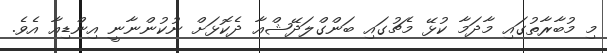
މި މުބާރާތުގައި މާދަމާ ކުޅޭ މެޗުގައި ބަންގްލަދޭޝްއާ ދެކޮޅަށް ނުކުންނާނީ އިންޑިއާ އެވެ.